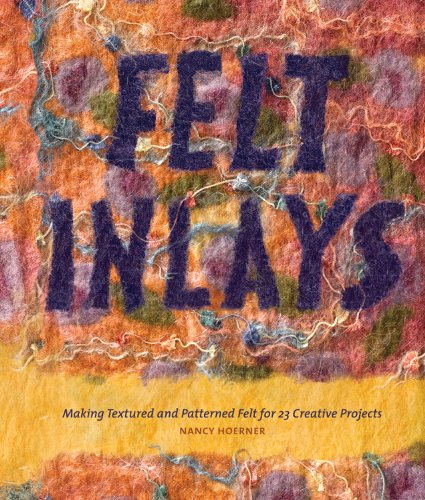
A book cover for Felt Inlays: Making Textured and Patterned Felt for 23 Creative Projects; Nancy Hoerner; Crafts, Hobbies & Home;